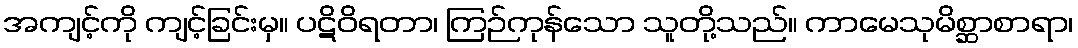
အကျင့်ကို ကျင့်ခြင်းမှ။ ပဋိဝိရတာ၊ ကြဉ်ကုန်သော သူတို့သည်။ ကာမေသုမိစ္ဆာစာရာ၊